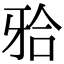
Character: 𬌗